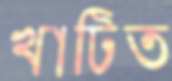
খাটিত